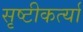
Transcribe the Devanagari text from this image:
सृष्टीकर्त्या